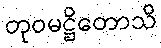
တုဝမဋ္ဌိတောသိ